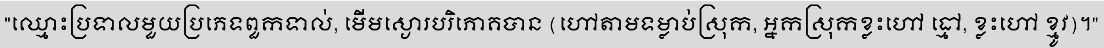
"ឈ្មោះប្រទាលមួយប្រភេទពួកទាល់, មើមស្ងោរបរិភោគបាន (ហៅតាមទម្លាប់ស្រុក, អ្នកស្រុកខ្លះហៅ ធ្មៅ, ខ្លះហៅ ខ្មូវ)។"